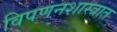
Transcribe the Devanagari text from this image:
विपणनशास्त्रात